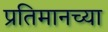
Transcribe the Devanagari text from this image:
प्रतिमानच्या